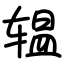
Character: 辒